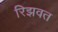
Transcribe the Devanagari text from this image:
रिझवत